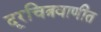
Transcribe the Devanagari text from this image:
दूरचित्रवाणीत